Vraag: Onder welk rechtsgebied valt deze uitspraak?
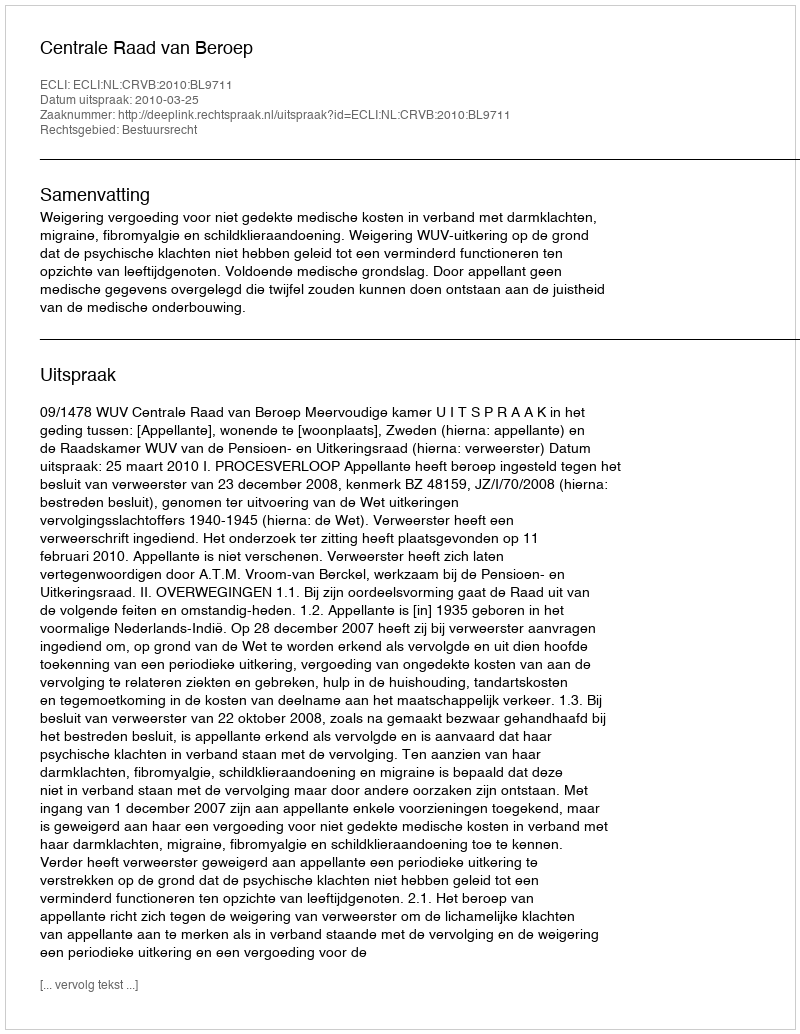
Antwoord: Bestuursrecht